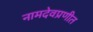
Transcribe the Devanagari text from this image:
नामदेवप्रणीत